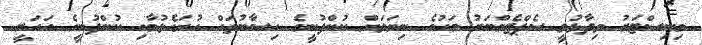
މިނިސްޓަރު ވިދާޅުވީ ސެޕްޓެމްބަރު މަހުގެ ނިޔަލަށް ކުންފުނީގެ ހިސާބުތައް ހުށަހެޅުމާއި ކުންފުނީގެ އަހަރީ